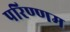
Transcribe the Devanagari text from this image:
परिण्णम